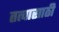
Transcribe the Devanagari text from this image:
तत्वासाठी